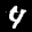
Label: 4